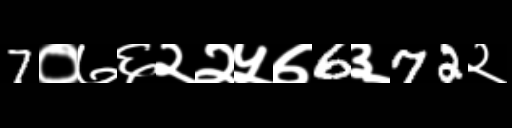
Text: 7०७६२२५७6३72२